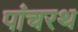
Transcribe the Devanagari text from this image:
पांचरथ